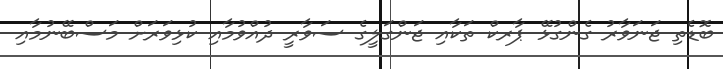
ބޮޑެތި ޖަނަވާރު ގެންގުޅޭ ޕާރކް ތަކާއި ޖަންގަލީގެ ސަވާރީ ދުއްވުމާއި ކުޅިވަރަށް މަސްބޭނުމާއި